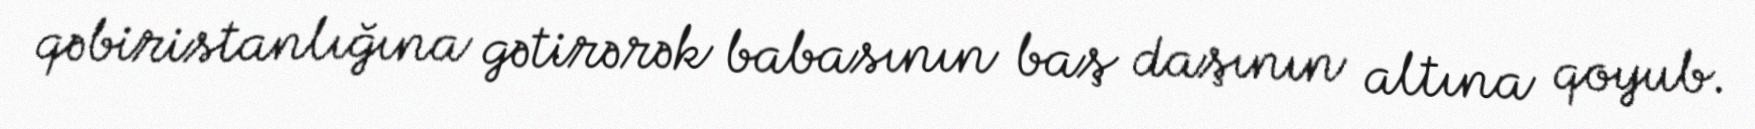
qəbiristanlığına gətirərək babasının baş daşının altına qoyub.